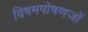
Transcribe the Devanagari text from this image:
विषमपोषणजों